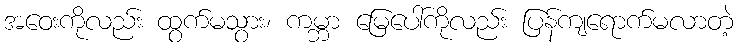
အဝေးကိုလည်း ထွက်မသွား၊ ကမ္ဘာ မြေပေါ်ကိုလည်း ပြန်ကျရောက်မလာတဲ့